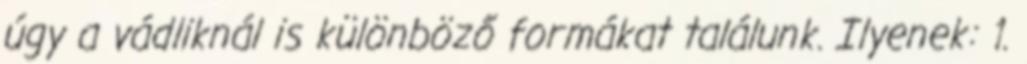
úgy a vádliknál is különböző formákat találunk. Ilyenek: 1.